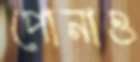
পোনাও